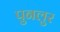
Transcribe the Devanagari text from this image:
पुनलुर